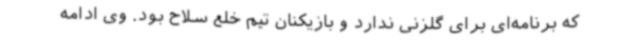
که برنامه‌ای برای گلزنی ندارد و بازیکنان تیم خلع سلاح بود. وی ادامه